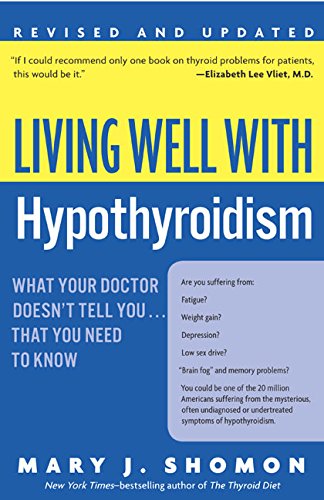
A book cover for Living Well with Hypothyroidism: What Your Doctor Doesn't Tell You... That You Need to Know (Revised Edition); Mary J. Shomon; Health, Fitness & Dieting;